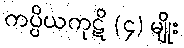
ကပ္ပိယကုဋိ (၄) မျိုး